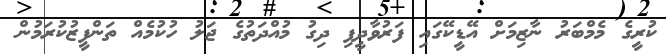
ކުރީގެ މެމްބަރު ނާޒިމަށް އޭޑީކޭގައި ފަރުވާދީފި ދިގު މުއްދަތުގެ ޖަލު ހުކުމެއް ތަންފީޒުކުރަމުން